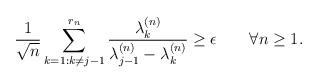
LaTeX: \begin{align*} \frac{1}{\sqrt{n}}\sum_{k=1:k\neq j-1}^{r_n}\frac{\lambda_k^{(n)}}{\lambda_{j-1}^{(n)}-\lambda_k^{(n)}}\geq \epsilon\qquad\forall n\geq 1.\end{align*}